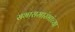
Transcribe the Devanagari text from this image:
सभासमारंभांच्या